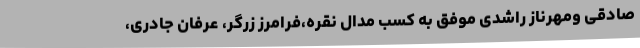
صادقی ومهرناز راشدی موفق به کسب مدال نقره،فرامرز زرگر، عرفان جادری،